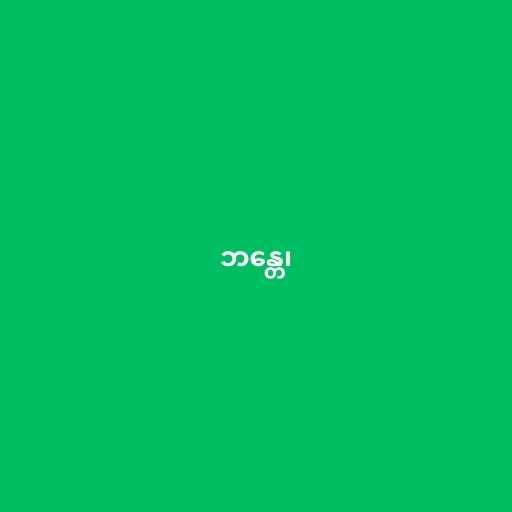
ဘန္တေ၊